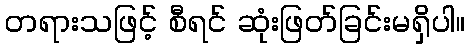
တရားသဖြင့် စီရင် ဆုံးဖြတ်ခြင်းမရှိပါ။